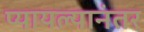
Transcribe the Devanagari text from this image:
प्यायल्यानंतर